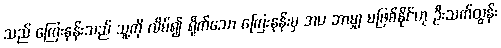
သည် ကြေးနန်းသည် သူ့ကို လိမ်၍ ရိုက်သော ကြေးနန်းမှ အပ ဘာမျှ မဖြစ်နိုင်ဟု ဦးသက်ထွန်း